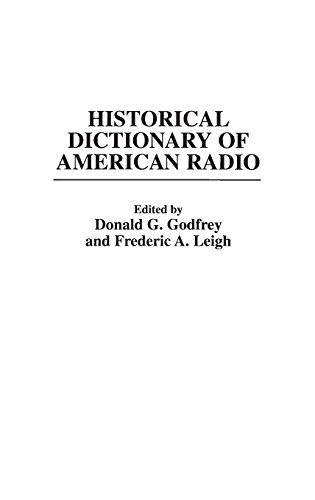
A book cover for Historical Dictionary of American Radio; Donald G. Godfrey; Humor & Entertainment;